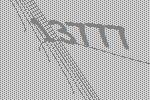
13777